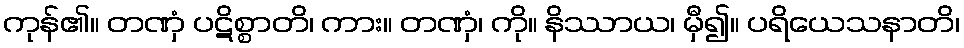
ကုန်၏။ တဏှံ ပဋိစ္စာတိ၊ ကား။ တဏှံ၊ ကို။ နိဿာယ၊ မှီ၍။ ပရိယေသနာတိ၊